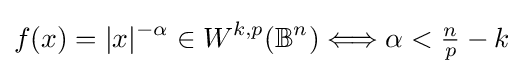
f(x)=|x|^{-\alpha }\in W^{k,p}(\mathbb {B} ^{n})\Longleftrightarrow \alpha <{\tfrac {n}{p}}-k